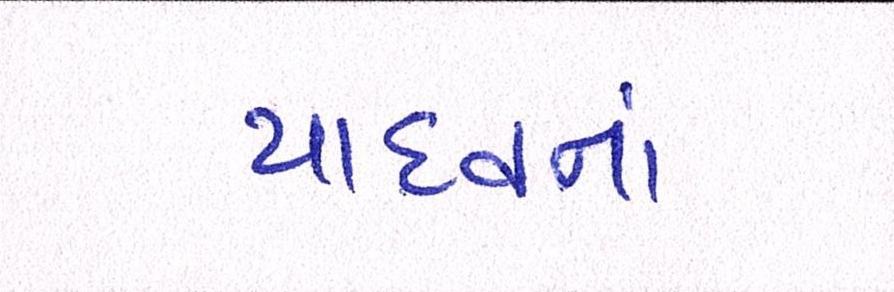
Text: યાદવનાં